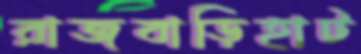
রাজবাড়িহাট